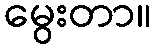
မွေးတာ။